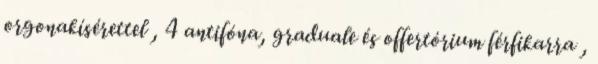
orgonakísérettel , 4 antifóna, graduale és offertórium férfikarra ,